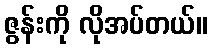
ဇွန်းကို လိုအပ်တယ်။